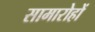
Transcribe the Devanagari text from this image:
सामारोहों